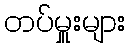
တပ်မှူးများ